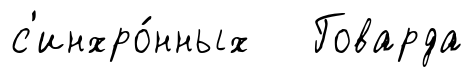
с'инхро́нных Говарда